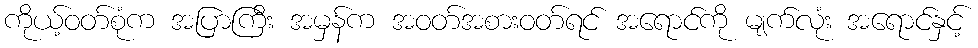
ကိုယ့်ဝတ်စုံက အပြာကြီး အမှန်က အဝတ်အစားဝတ်ရင် အရောင်ကို မျက်လုံး အရောင်နှင့်